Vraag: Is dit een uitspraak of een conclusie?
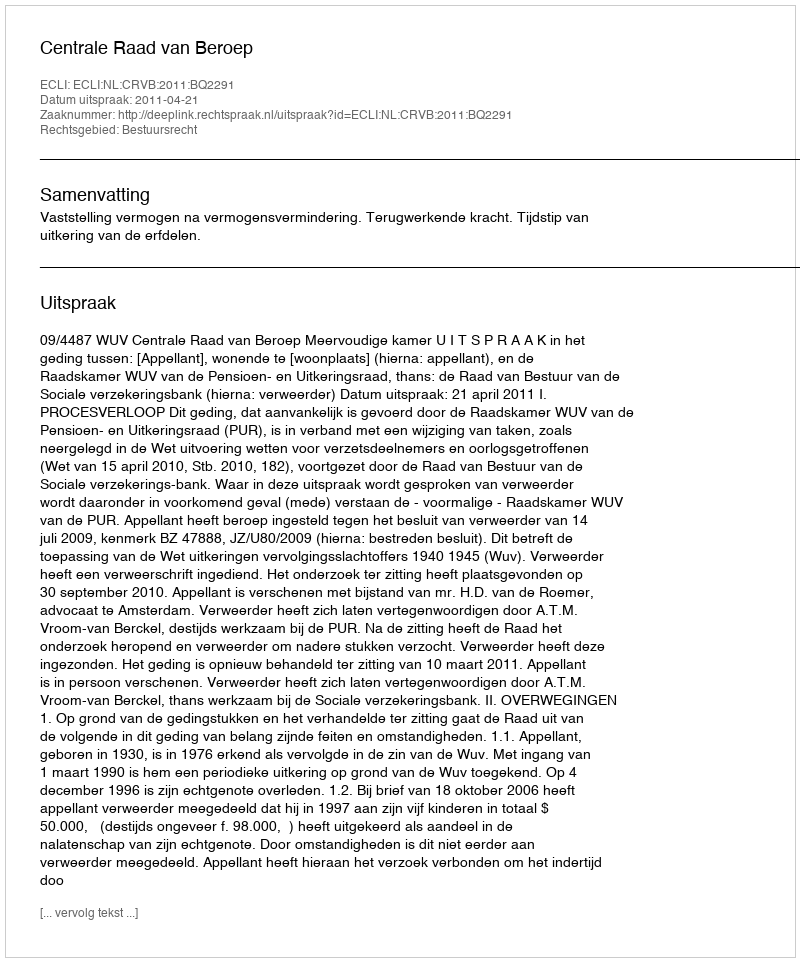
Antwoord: Uitspraak